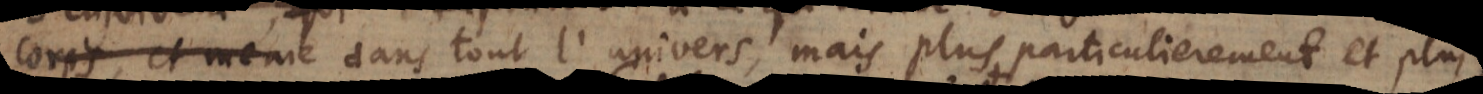
ce qui arrive dans tout l’univers, mais plus particulierement dans